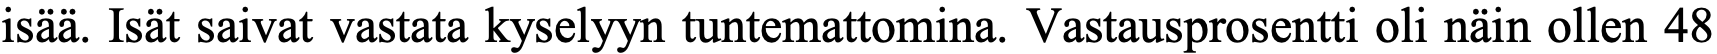
isää. Isät saivat vastata kyselyyn tuntemattomina. Vastausprosentti oli näin ollen 48